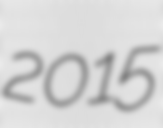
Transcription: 2015